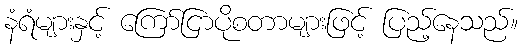
နံရံများနှင့် ကြော်ငြာပိုစတာများဖြင့် ပြည့်နေသည်။